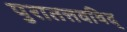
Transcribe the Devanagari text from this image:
पुरातत्तवविद्